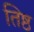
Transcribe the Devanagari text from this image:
तिष्ठ